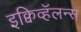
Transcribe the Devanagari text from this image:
इक्विव्हॅलन्स